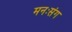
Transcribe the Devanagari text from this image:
मनःसंग